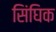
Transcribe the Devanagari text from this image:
सिंघिक